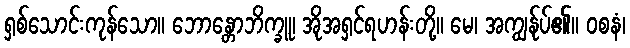
ရှစ်သောင်းကုန်သော။ ဘောန္တောဘိက္ခူ၊ အိုအရှင်ရဟန်းတို့။ မေ၊ အကျွန်ုပ်၏။ ဝစနံ၊